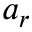
a _ { r }